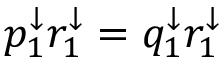
p _ { 1 } ^ { \downarrow } r _ { 1 } ^ { \downarrow } = q _ { 1 } ^ { \downarrow } r _ { 1 } ^ { \downarrow }